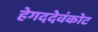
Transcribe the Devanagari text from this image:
हेगददेवंकोट